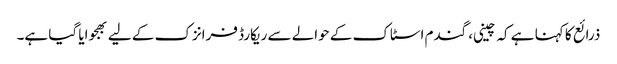
ذرائع کا کہنا ہے کہ چینی، گندم اسٹاک کے حوالے سے ریکارڈ فرانزک کے لیے بھجوایا گیا ہے۔